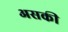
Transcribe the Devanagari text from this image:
असकी